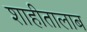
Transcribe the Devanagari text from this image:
शाहीतालाब